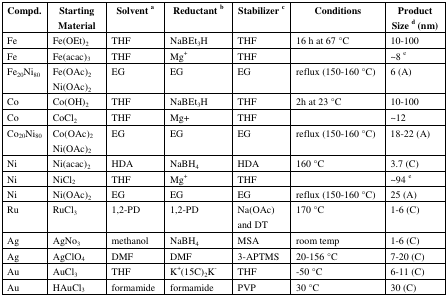
<table><thead><tr><td><b>Compd.</b></td><td><b>Starting Material</b></td><td><b>Solvent <sup>a</sup></b></td><td><b>Reductant <sup>b</sup></b></td><td><b>Stabilizer <sup>c</sup></b></td><td><b>Conditions</b></td><td><b>Product Size <sup>d</sup> (nm)</b></td></tr></thead><tbody><tr><td>Fe</td><td>Fe(OEt)<sub>2</sub></td><td>THF</td><td>NaBEt<sub>3</sub>H</td><td>THF</td><td>16 h at 67 °C</td><td>10-100</td></tr><tr><td>Fe</td><td>Fe(acac)<sub>3</sub></td><td>THF</td><td>Mg<sup>+</sup></td><td>THF</td><td></td><td>~8 <sup>e</sup></td></tr><tr><td>Fe<sub>20</sub>Ni<sub>80</sub></td><td>Fe(OAc)<sub>2</sub>Ni(OAc)<sub>2</sub></td><td>EG</td><td>EG</td><td>EG</td><td>reflux (150-160 °C)</td><td>6 (A)</td></tr><tr><td>Co</td><td>Co(OH)<sub>2</sub></td><td>THF</td><td>NaBEt<sub>3</sub>H</td><td>THF</td><td>2h at 23 °C</td><td>10-100</td></tr><tr><td>Co</td><td>CoCl<sub>2</sub></td><td>THF</td><td>Mg+</td><td>THF</td><td></td><td>~12</td></tr><tr><td>Co<sub>20</sub>Ni<sub>80</sub></td><td>Co(OAc)<sub>2</sub>Ni(OAc)<sub>2</sub></td><td>EG</td><td>EG</td><td>EG</td><td>reflux (150-160 °C)</td><td>18-22 (A)</td></tr><tr><td>Ni</td><td>Ni(acac)<sub>2</sub></td><td>HDA</td><td>NaBH<sub>4</sub></td><td>HDA</td><td>160 °C</td><td>3.7 (C)</td></tr><tr><td>Ni</td><td>NiCl<sub>2</sub></td><td>THF</td><td>Mg<sup>+</sup></td><td>THF</td><td></td><td>~94 <sup>e</sup></td></tr><tr><td>Ni</td><td>Ni(OAc)<sub>2</sub></td><td>EG</td><td>EG</td><td>EG</td><td>reflux (150-160 °C)</td><td>25 (A)</td></tr><tr><td>Ru</td><td>RuCl<sub>3</sub></td><td>1,2-PD</td><td>1,2-PD</td><td>Na(OAc) and DT</td><td>170 °C</td><td>1-6 (C)</td></tr><tr><td>Ag</td><td>AgNo<sub>3</sub></td><td>methanol</td><td>NaBH<sub>4</sub></td><td>MSA</td><td>room temp</td><td>1-6 (C)</td></tr><tr><td>Ag</td><td>AgClO<sub>4</sub></td><td>DMF</td><td>DMF</td><td>3-APTMS</td><td>20-156 °C</td><td>7-20 (C)</td></tr><tr><td>Au</td><td>AuCl<sub>3</sub></td><td>THF</td><td>K<sup>+</sup>(15C)<sub>2</sub>K<sup>-</sup></td><td>THF</td><td>-50 °C</td><td>6-11 (C)</td></tr><tr><td>Au</td><td>HAuCl<sub>3</sub></td><td>formamide</td><td>formamide</td><td>PVP</td><td>30 °C</td><td>30 (C)</td></tr></tbody></table>